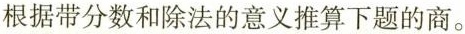
根据带分数和除法的意义推算下题的商。